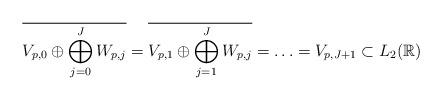
LaTeX: \begin{align*}\overline{V_{p,0} \oplus \bigoplus_{j = 0}^{J} W_{p,j}} = \overline{ V_{p,1} \oplus \bigoplus_{j = 1}^{J} W_{p,j} } = \ldots = V_{p,J+1} \subset L_{2}(\mathbb{R}) \end{align*}